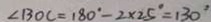
\angle B O C = 1 8 0 ^ { \circ } - 2 \times 2 5 ^ { \circ } = 1 3 0 ^ { \circ }